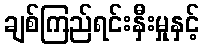
ချစ်ကြည်ရင်းနှီးမှုနှင့်